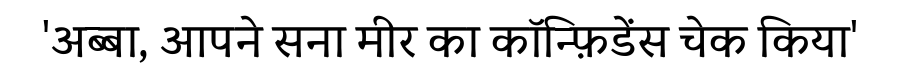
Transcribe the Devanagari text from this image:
'अब्बा, आपने सना मीर का कॉन्फ़िडेंस चेक किया'